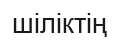
шіліктің